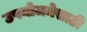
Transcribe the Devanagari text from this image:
उपयोजनेसाठी